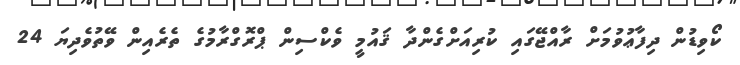
ކޯވިޑުން ދިފާޢުވުމަށް ރާއްޖޭގައި ކުރިއަށްގެންދާ ޤައުމީ ވެކްސިން ޕްރޮގްރާމުގެ ތެރެއިން ވޭތުވެދިޔަ 24